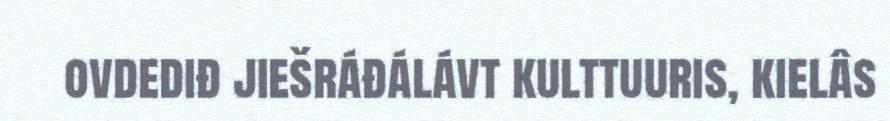
ovdediđ jiešráđálávt kulttuuris, kielâs